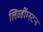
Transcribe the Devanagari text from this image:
लिव्हींग्स्टन